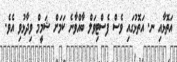
އަތޮޅާއި ނ. އަތޮޅުގައި ވެސް ފެސްޓިވަލް ބާއްވާނެ ކަމަށް ޝަމީމް ވިދާޅުވި އެވެ.